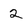
Character: 2